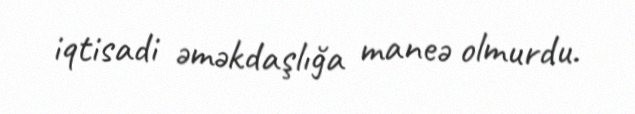
iqtisadi əməkdaşlığa maneə olmurdu.